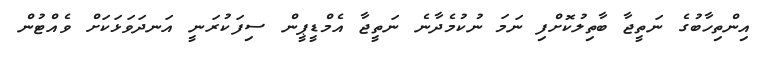
އިންތިހާބުގެ ނަތީޖާ ބާތިލުކޮށްފި ނަމަ ނުކުމެދާނެ ނަތީޖާ އެމްޑީޕީން ސިފަކުރަނީ އަނދަވަޅަކަށް ވެއްޓުން